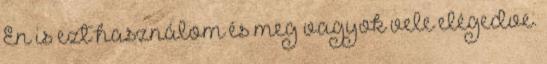
Én is ezt használom és meg vagyok vele elégedve.